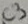
Text: C3